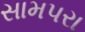
સામપરા